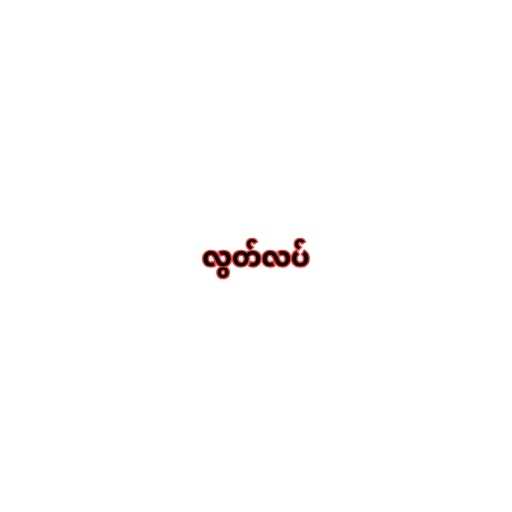
လွတ်လပ်